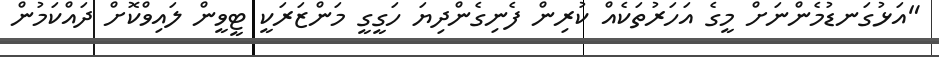
"އަޅުގަނޑުމެންނަށް މީގެ އަހަރުތަކެއް ކުރިން ފެނިގެންދިޔަ ހަގީގީ މަންޒަރަކީ ޓީވީން ލައިވްކޮށް ދައްކަމުން